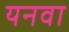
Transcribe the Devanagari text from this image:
यनवा